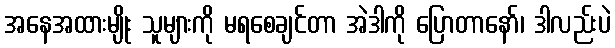
အနေအထားမျိုး သူများကို မရစေချင်တာ အဲဒါကို ပြောတာနော်၊ ဒါလည်းပဲ